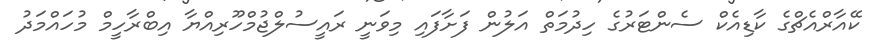
ކޭއާރްއެޗްގެ ކާޑިއެކް ސެންޓަރުގެ ހިދުމަތް އަލުން ފަށާފައި މިވަނީ ރައީސުލްޖުމްހޫރިއްޔާ އިބްރާހީމް މުހައްމަދު